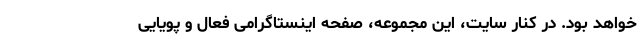
خواهد بود. در کنار سایت، این مجموعه، صفحه اینستاگرامی فعال و پویایی